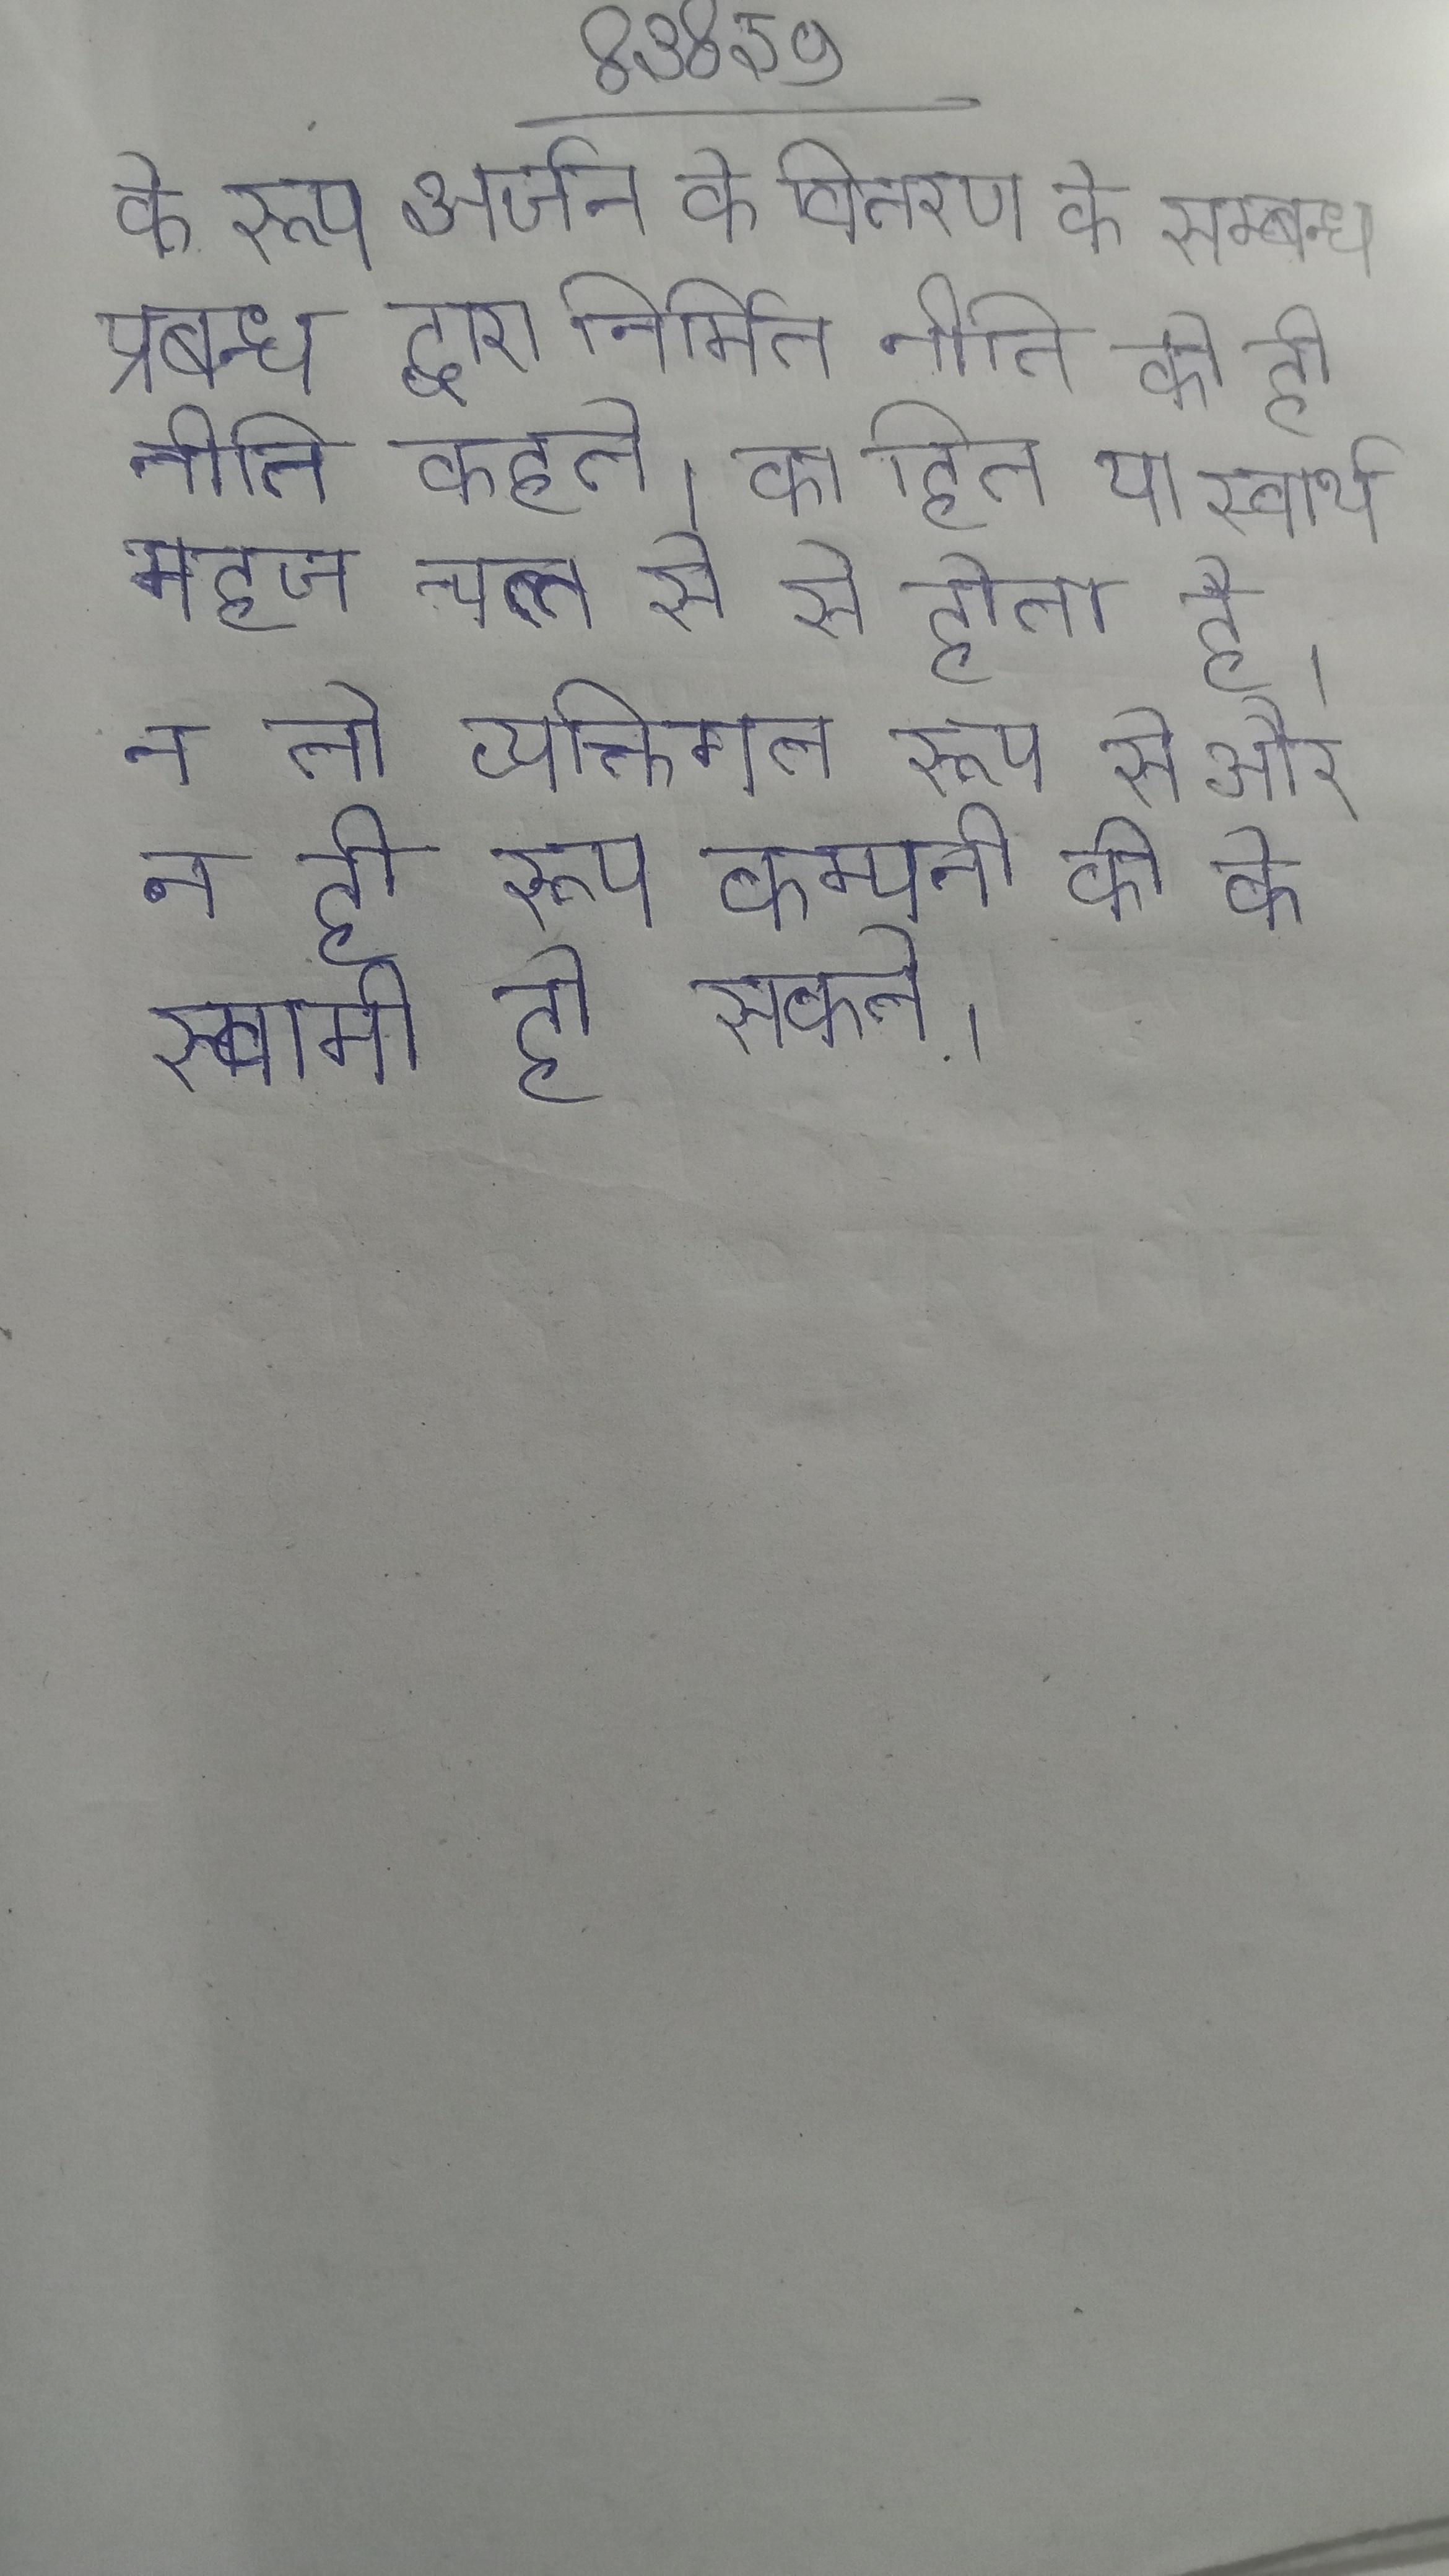
के रूप अर्जन के वितरण के सम्बन्ध प्रबन्ध द्वारा निर्मित नीति को ही नीति कहते । का हित या स्वार्थ महज चल से से होता है । न तो व्यक्तिगत रूप से और न ही रूप कम्पनी की के स्वामी हो सकते ।